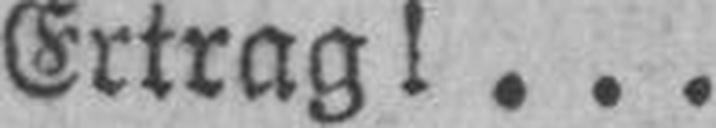
Ertrag!...